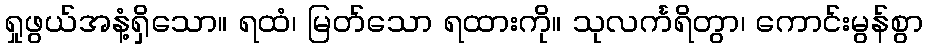
ရှုဖွယ်အနံ့ရှိသော။ ရထံ၊ မြတ်သော ရထားကို။ သုလင်္ကရိတွာ၊ ကောင်းမွန်စွာ